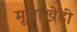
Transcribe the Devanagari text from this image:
मूसाखेडी